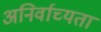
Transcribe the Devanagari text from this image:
अनिर्वाच्यता